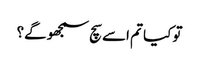
تو کیا تم اسے سچ سمجھو گے؟